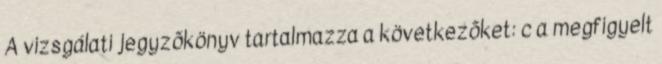
A vizsgálati jegyzõkönyv tartalmazza a következõket: c a megfigyelt